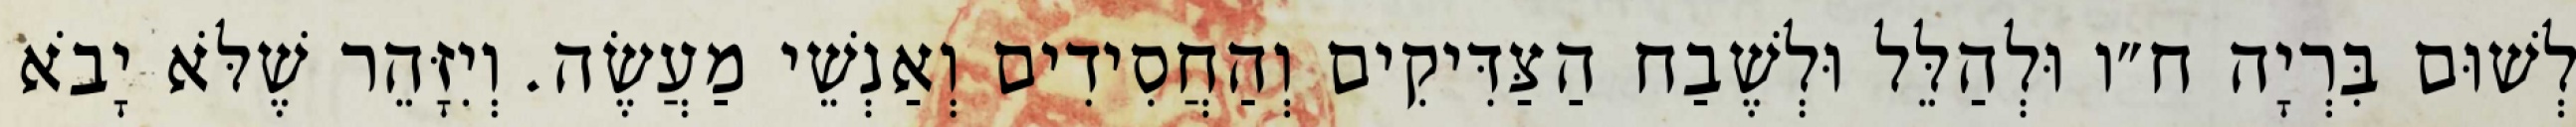
לְשׁוּם בִּרְיָה ח״ו וּלְהַלֵּל וּלְשֶׁבַח הַצַּדִּיקִים וְהַחֲסִידִים וְאַנְשֵׁי מַעֲשֶׂה. וְיִזָּהֵר שֶׁלֹּא יָבֹא